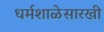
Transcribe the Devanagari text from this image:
धर्मशाळेसारखी